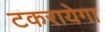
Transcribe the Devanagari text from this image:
टकरायेगा